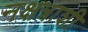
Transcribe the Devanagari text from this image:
नक्षत्राशी